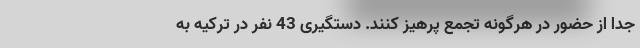
جداً از حضور در هرگونه تجمع پرهیز کنند. دستگیری 43 نفر در ترکیه به